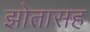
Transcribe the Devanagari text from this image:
झोतासह